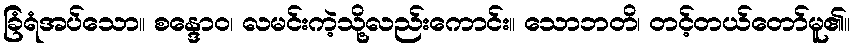
ခြံရံအပ်သော။ စန္ဒောဝ၊ လမင်းကဲ့သို့လည်းကောင်း။ သောဘတိ၊ တင့်တယ်တော်မူ၏။